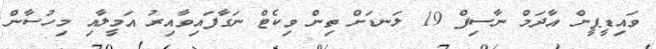
ވައިޑީޕީން އާދަމް ނާސިފް 19 ލަނޑަށް ތިން ވިކެޓް ނަގާފައިވާއިރު އަމީލާއި މިހުސާން